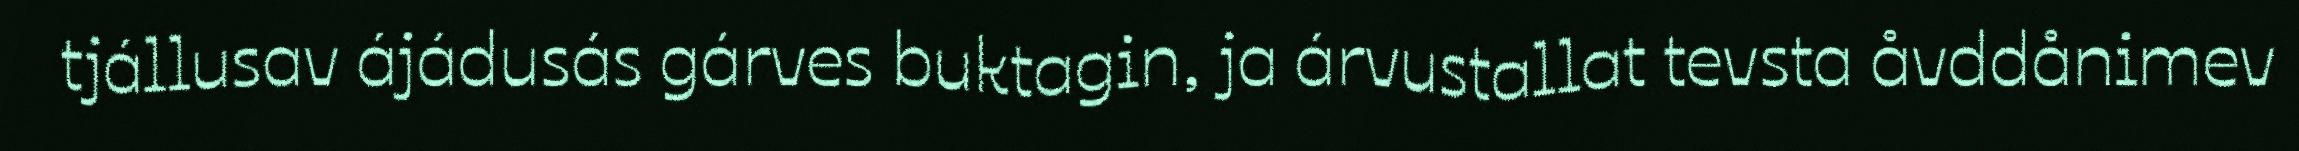
tjállusav ájádusás gárves buktagin, ja árvustallat tevsta åvddånimev